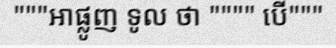
"""អាផ្លូញ ទូល ថា """" បើ"""